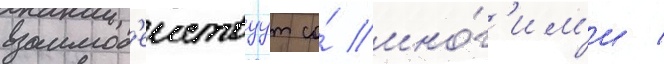
взаимод'еиствуут со́ мно́г'им'и /